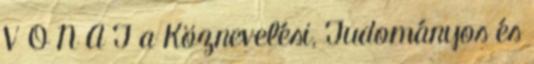
V O N A T a Köznevelési, Tudományos és